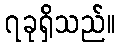
၇ခုရှိသည်။